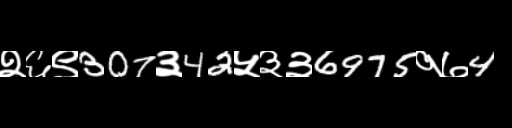
Text: २६९307३42५३३6975१७4